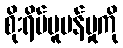
စိုးရိမ်ပူပန်မှုကို